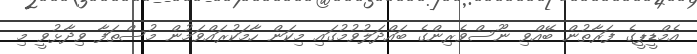
އެމްޑީޕީގެ ފަރާތުން ބޭއްވި ނޫސްވެރިންގެ ބައްދަލުވުމުގައި މިކަން ހާމަކުރައްވަމުން މުސްތަފާ ވިދާޅުވީ މި